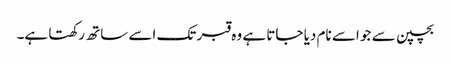
بچپن سے جو اسے نام دیا جاتا ہے وہ قبر تک اسے ساتھ رکھتا ہے۔